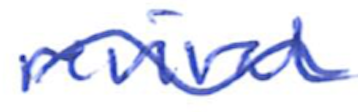
Text: revival
Cross-out: wave
Writing tool: ballpoint